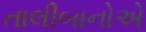
તાલીબાનોએ